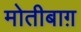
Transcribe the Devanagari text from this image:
मोतीबाग़